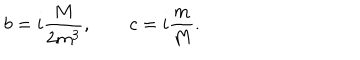
b = i \frac { M } { 2 m ^ { 3 } } , \, \, \, \, \, \, \, \, \, \, \, \, c = i \frac { m } { M } .